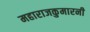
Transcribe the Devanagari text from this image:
महाराजकुमारनी